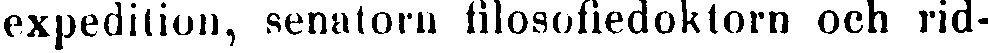
expedition, senatorn filosofiedoktorn och rid-